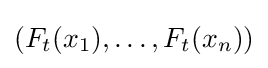
\left(F_{t}(x_{1}),\dots ,F_{t}(x_{n})\right)